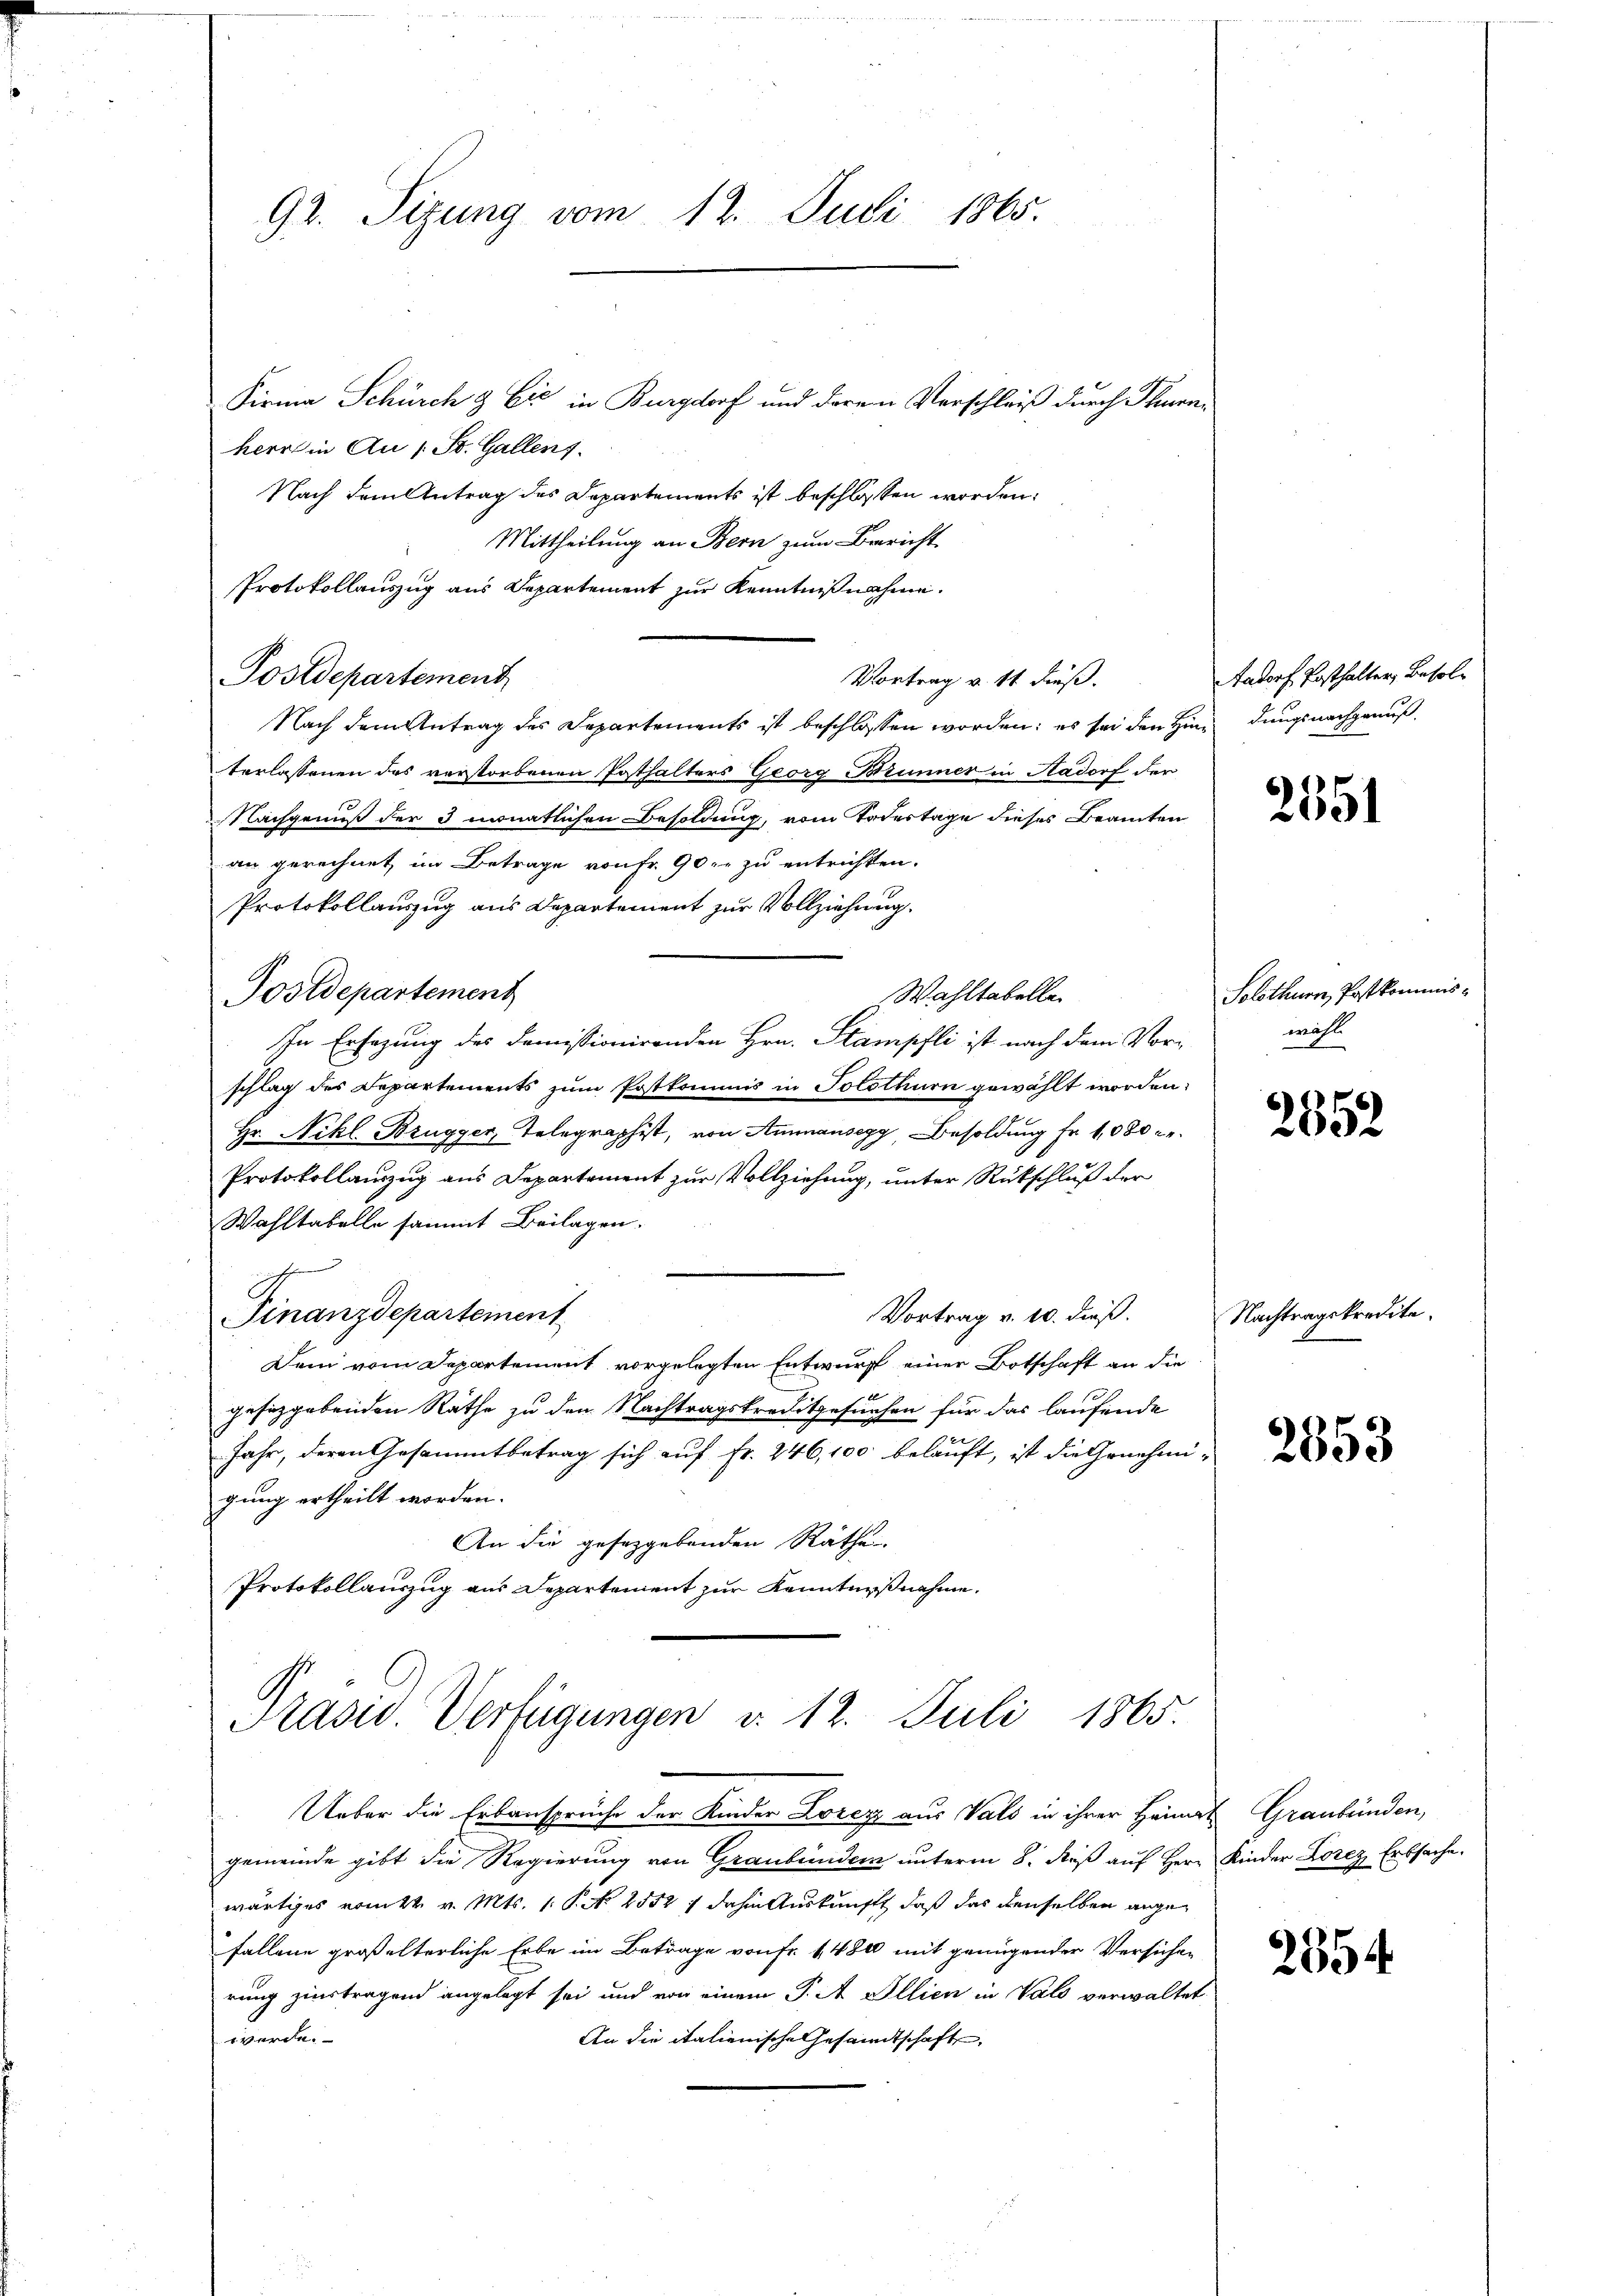
Firma Schürch & Eić in Burgdorf und derem Vorschleiß durch Thurnherr in Au (: St. Gallens.
Nach dem Antrag des Departements ist beschlossen worden.
Mittheilung an Bern zum Bericht
Protokollauszug aus Departement zur Kenntnißnahme.
Postdepartement
Nach dem Antrag des Departements ist beschlossen worden; es sei den Hindungsnachgenuß
terlassenen das verstorbenen Posthalters Georg Brunner in Aadorf der
Nachgenuß der 3 monatlichen Besoldung, vom Todestage dieses Beamten
an gerechnet im Betrage von Fr. 90. - zu entrichten.
Protokollauszug aus Departement zur Vollziehung.
Postdepartement
Wahltabelle
In Ersezung des Domissionirenden Hrn. Stampfli ist nach dem Vor-
schlag des Departements zum Postkommis in Solothurn gewählt worden.
Hr. Nikl Brugger, Telegraphist, von Ammansegg, Besoldung Fr. 1080 Fr.
Protokollauszug aus Departement zur Vollziehung, unter Rückschluß der
Wahltabelle sammt Beilagen.
Vortrag v. 10. dieß.
Finanzdepartement
Dein vom Departement vorgelegten Entwurf einer Botschaft an die
1
gesetzgebenden Rathe zu den Nachtragskreditgesuchen für das laufende
Jahr, deren Gesammtbetrag sich auf Fr. 246,100 belauft, ist die Genehmi-
gung ertheilt worden.
An die geseggebenden Räthe
Protokollauszug aus Departement zur Kenntnißnahme.

92. Sizung vom 12. Juli 1865.

Vortrag v. 14 dieß.

Pasid. Verfügungen v. 12. Juli 1865.

Ueber die Erbansprüche der Kinder Lorey aus Vals in ihrer Heimat Graubünden,
gemeinde gibt die Regierung von Graubünden unterm 8. dieß auf Herr Kinder Lorez Erbsache,
wärtiges vom 22. v. Mts. 1. P. N. 2552, dahin Auskunft, daß das denselben angefallene großelterliche Erbe im Betrage von Fr. 1480 mit genügender Versichen
rung zinstragend angelegt sei und von einem P. A Illien in Vals verwaltet,
werde.
An die italienische Gesandtschaft,

Aadorf Posthalter, Besol¬

2551

Solothurn, Postkommiswähl

2852

Nachtragskredite.

2853

2554